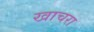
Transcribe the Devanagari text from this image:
खाचरा